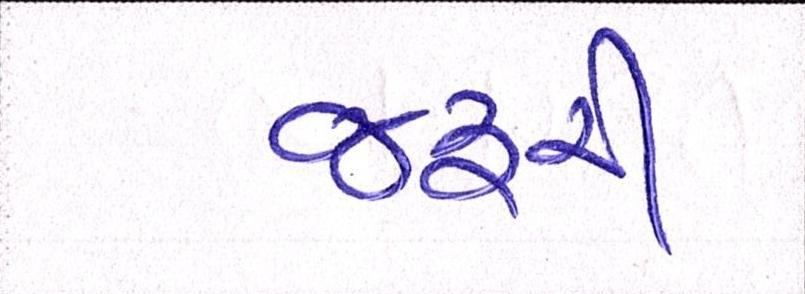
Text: જરૃરી